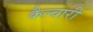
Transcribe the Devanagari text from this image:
कैल्वारी